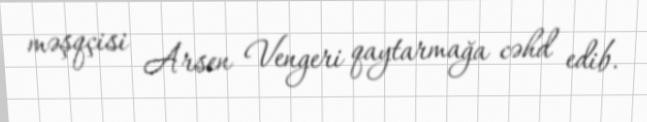
məşqçisi Arsen Vengeri qaytarmağa cəhd edib.